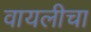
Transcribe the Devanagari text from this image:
वायलीचा